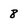
Character: 8